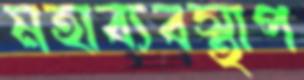
মহাব্যবস্থাপ